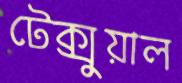
টেক্সুয়াল